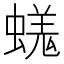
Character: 𧏙